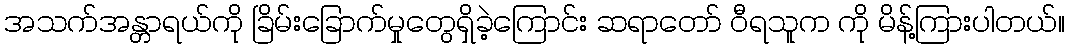
အသက်အန္တာရယ်ကို ခြိမ်းခြောက်မှုတွေရှိခဲ့ကြောင်း ဆရာတော် ဝီရသူက ကို မိန့်ကြားပါတယ်။